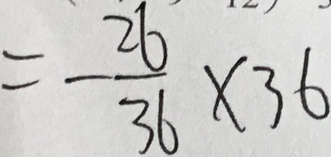
= - \frac { 2 6 } { 3 6 } \times 3 6